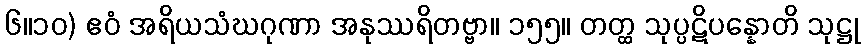
၆။၁၀) ဧဝံ အရိယသံဃဂုဏာ အနုဿရိတဗ္ဗာ။ ၁၅၅။ တတ္ထ သုပ္ပဋိပန္နောတိ သုဋ္ဌု